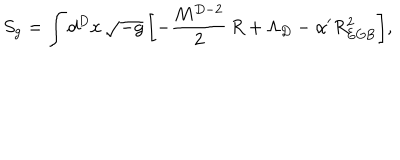
S _ { \mathrm { g } } = \int d ^ { D } x \, \sqrt { - g } \, \biggl [ - \frac { M ^ { D - 2 } } { 2 } \, R + \Lambda _ { D } - \alpha ^ { \prime } R _ { \mathrm { E G B } } ^ { 2 } \biggr ] ,